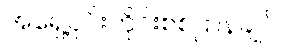
အရှေ့ပိုင်းတိုင်းစစ်ဌာနချုပ်